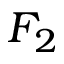
F _ { 2 }